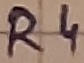
Text: R4